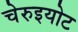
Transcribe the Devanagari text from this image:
चेरुइयोट